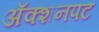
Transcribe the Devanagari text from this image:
अॅक्शनपट